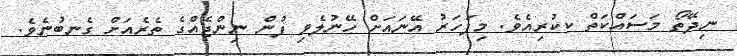
ނިދޭތޯ މަސައްކަތް ކކުރިއެވެ. މިފަހަރު އޭނައަށް ހޭނުލެވި ފުން ނިންޖެއްގެ ތެރެއަށް ގެނބުނެވެ.